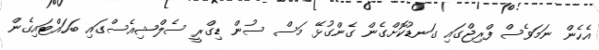
އެހެން ނަމަވެސް ފްރިޖްގައި ގަނޑުކޮށްގެން ގެންގުޅޭ މަސް ސުން ޑިގްރީ ސެލްޝިއެސްގައި ބަހައްޓައިގެން